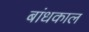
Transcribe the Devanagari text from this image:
बांधकाल